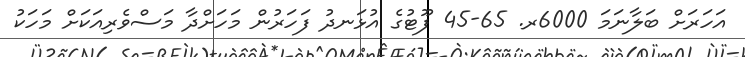
އަހަރަށް ބަލާނަމަ 6000ރ. 65-45 ފޫޓުގެ އުޅަނދު ފަހަރުން މަހަށްދާ މަސްވެރިއަކަށް މަހަކު